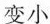
变小